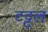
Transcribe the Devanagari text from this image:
टट्टल